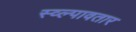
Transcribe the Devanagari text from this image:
स्व्ल्पावतार